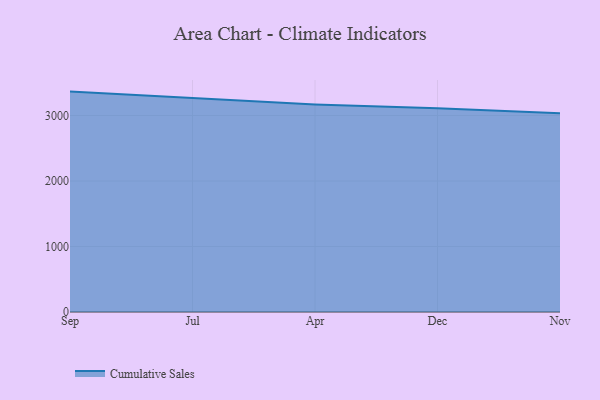
{"axis": {"x": "Month", "y": "Revenue (USD Million)"}, "legend": ["Cumulative Sales"], "data": [{"x": "Sep", "y": 3365.9, "type": "Cumulative Sales"}, {"x": "Jul", "y": 3269.2, "type": "Cumulative Sales"}, {"x": "Apr", "y": 3170.7, "type": "Cumulative Sales"}, {"x": "Dec", "y": 3110.5, "type": "Cumulative Sales"}, {"x": "Nov", "y": 3033.7, "type": "Cumulative Sales"}]}